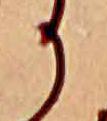
か